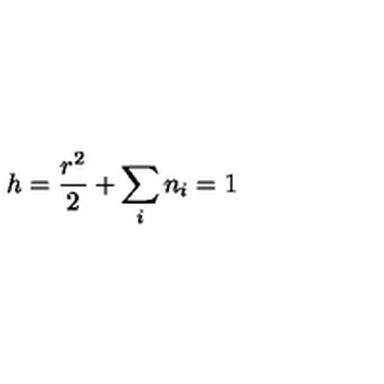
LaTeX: h = \frac { r ^ { 2 } } { 2 } + \sum _ { i } n _ { i } = 1